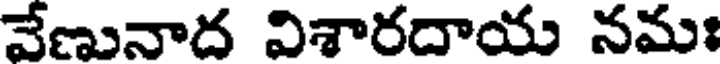
వేణునాద విశారదాయ నమః